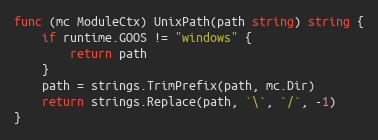
Language: Go
func (mc ModuleCtx) UnixPath(path string) string {
	if runtime.GOOS != "windows" {
		return path
	}
	path = strings.TrimPrefix(path, mc.Dir)
	return strings.Replace(path, `\`, `/`, -1)
}